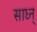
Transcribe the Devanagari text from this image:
साध्न्